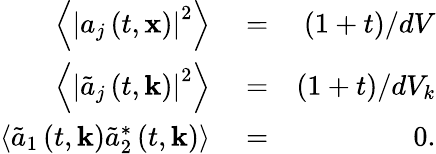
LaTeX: \begin{array}{rlr}{\left\langle\left|a_{j}\left(t,\mathbf{x}\right)\right|^{2}\right\rangle}&{{}=}&{(1+t)/dV}\\ {\left\langle\left|\tilde{a}_{j}\left(t,\mathbf{k}\right)\right|^{2}\right\rangle}&{{}=}&{(1+t)/dV_{k}}\\ {\left\langle\tilde{a}_{1}\left(t,\mathbf{k}\right)\tilde{a}_{2}^{*}\left(t,\mathbf{k}\right)\right\rangle}&{{}=}&{0.}\end{array}